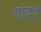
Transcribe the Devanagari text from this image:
पांढरीं